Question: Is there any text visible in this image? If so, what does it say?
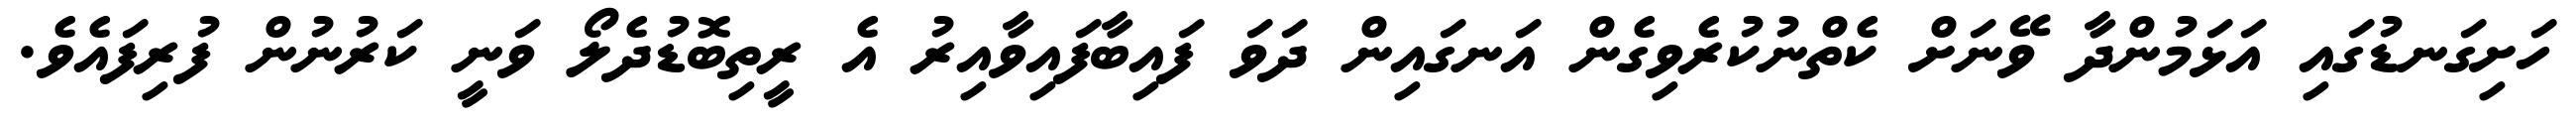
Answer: ހަށިގަނޑުގައި އަޅަމުންދާ ވޭނަށް ކެތްނުކުރެވިގެން އަނގައިން ދަވަ ފައިބާފައިވާއިރު އެ ރީތިބޮޑުދެލޯ ވަނީ ކަރުނުން ފުރިފައެވެ.